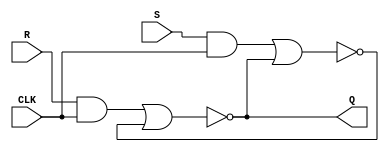
module latchRS (
    input R,CLK,S,
    output Q
);
    wire Ri,Si,Qa,Qb;

    assign Ri =R & CLK;
    assign Si =S & CLK;
    assign Qa = ~(Ri | Qb);
    assign Qb = ~(Si | Qa);
    assign Q = Qa;
endmodule